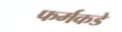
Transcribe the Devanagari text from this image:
फर्मकडे